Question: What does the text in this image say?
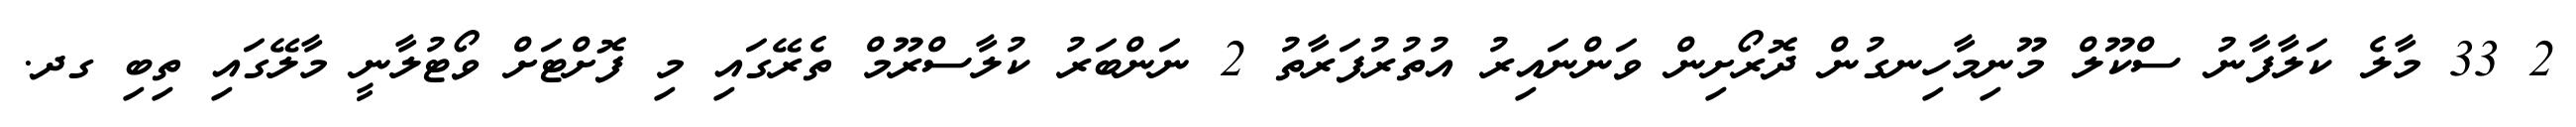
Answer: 2 33 މާލެ ކަލާފާނު ސްކޫލް މޫނިމާހިނގުން ދޮރޯށިން ވަންނައިރު އުތުރުފަރާތު 2 ނަންބަރު ކުލާސްރޫމް ތެރޭގައި މި ފޮށްޓަށް ވޯޓުލާނީ މާލޭގައި ތިބި ގދ.